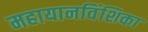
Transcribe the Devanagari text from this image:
महायानविंशिका